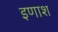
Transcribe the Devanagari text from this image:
इणाश